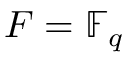
F = \mathbb { F } _ { q }